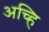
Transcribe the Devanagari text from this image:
अच्हि